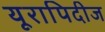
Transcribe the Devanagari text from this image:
यूरापिदीज